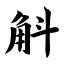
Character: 斛